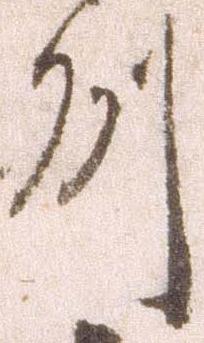
州